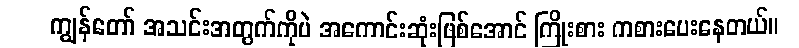
ကျွန်တော် အသင်းအတွက်ကိုပဲ အကောင်းဆုံးဖြစ်အောင် ကြိုးစား ကစားပေးနေတယ်။